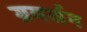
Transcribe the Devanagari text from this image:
ग्रयर्सन